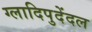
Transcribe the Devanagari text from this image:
ग्लादिपुदेंदल